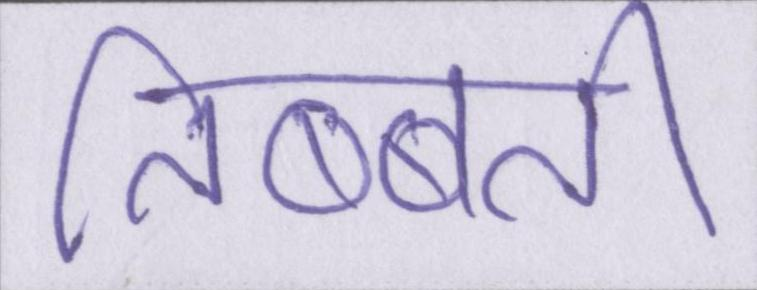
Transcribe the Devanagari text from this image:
तिब्बत